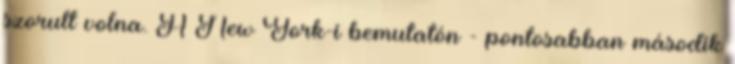
szorult volna. A New York-i bemutatón - pontosabban második